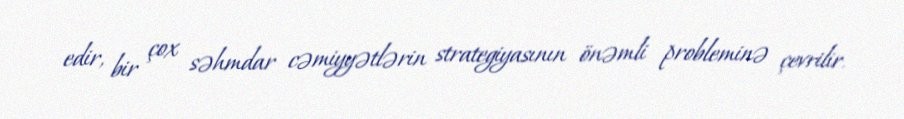
edir, bir çox səhmdar cəmiyyətlərin strategiyasının önəmli probleminə çevrilir.